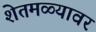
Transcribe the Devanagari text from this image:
शेतमळ्यावर